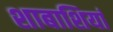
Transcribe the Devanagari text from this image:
शाबाशियां